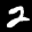
Label: 2